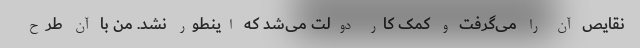
نقایص آن را می‌گرفت و کمک کار دولت می‌شد که اینطور نشد. من با آن طرح